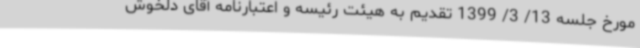
مورخ جلسه 13/ 3/ 1399 تقدیم به هیئت رئیسه و اعتبارنامه آقای دلخوش